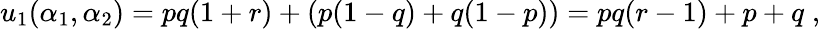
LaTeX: u_{1}(\alpha_{1},\alpha_{2})=pq(1+r)+(p(1-q)+q(1-p))=pq(r-1)+p+q\; ,